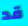
قد